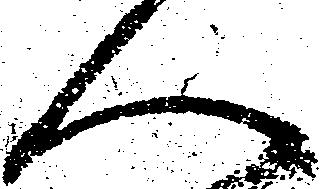
人